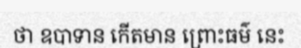
ថា ឧបាទាន កើតមាន ព្រោះធម៌ នេះ